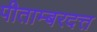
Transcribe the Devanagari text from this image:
पीताम्बरदत्त